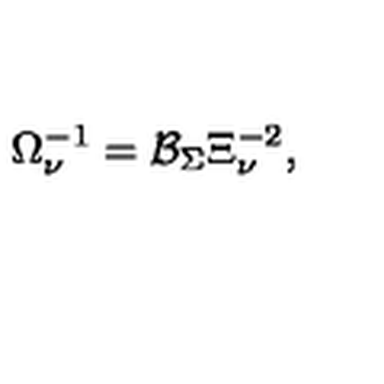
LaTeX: \Omega _ { \nu } ^ { - 1 } = \mathcal { B } _ { \Sigma } \Xi _ { \nu } ^ { - 2 } ,